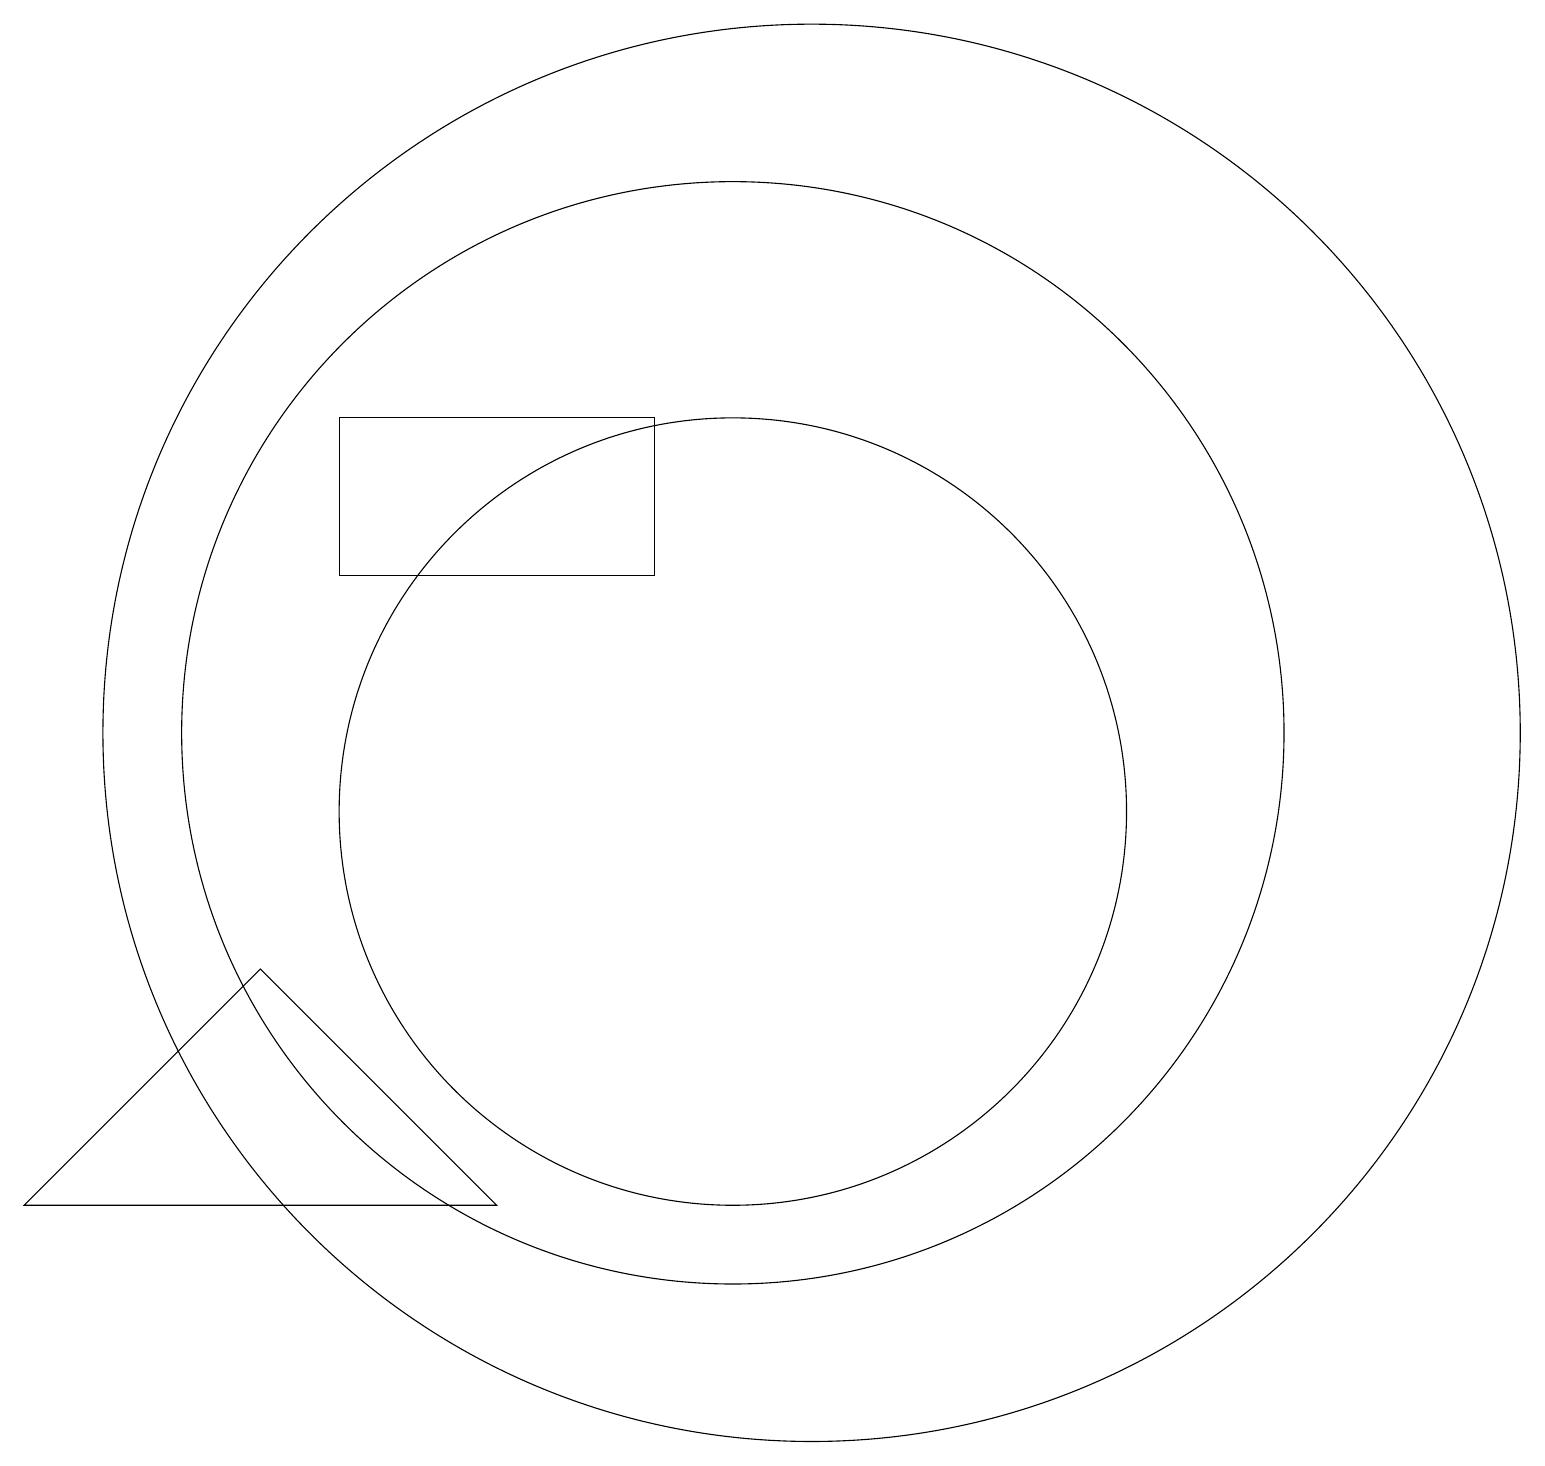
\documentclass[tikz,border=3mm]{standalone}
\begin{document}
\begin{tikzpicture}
\draw (11,11) circle (9);
\draw (10,10) circle (5);
\draw (9,13) rectangle (5,15);
\draw (10,11) circle (7);
\draw (1,5) -- (7,5) -- (4,8) -- cycle;
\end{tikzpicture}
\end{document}